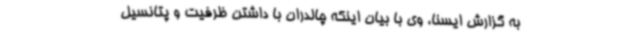
به گزارش ایسنا، وی با بیان اینکه چالدران با داشتن ظرفیت و پتانسیل